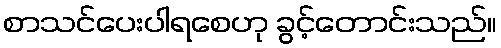
စာသင်ပေးပါရစေဟု ခွင့်တောင်းသည်။